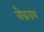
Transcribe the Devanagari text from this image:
बौद्धग्रंथ